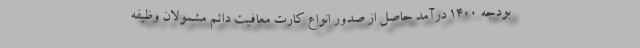
بودجه 1400 درآمد حاصل از صدور انواع کارت معافیت دائم مشمولان وظیفه